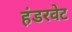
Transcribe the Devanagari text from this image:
हंडरवेट